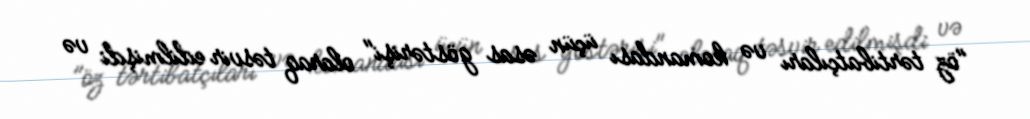
"öz tərtibatçıları və komandası üçün əsas göstərişi" olaraq təsvir edilmişdi və